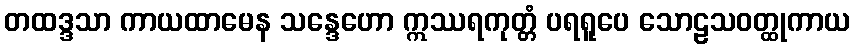
တထဒ္ဒသာ ကာယထာမေန သန္ဒေဟော ဣဿရကုတ္တံ ပရရူပေ သောဠသဝတ္ထုကာယ